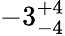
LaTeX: -3_{-4}^{+4}